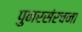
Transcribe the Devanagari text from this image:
पुनरसंरचना